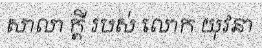
សាលា ក្តី របស់ លោក យុវនា